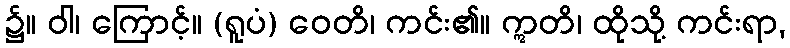
၌။ ဝါ၊ ကြောင့်။ (ရူပံ) ဝေတိ၊ ကင်း၏။ ဣတိ၊ ထိုသို့ ကင်းရာ,